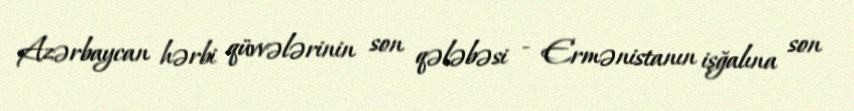
Azərbaycan hərbi qüvvələrinin son qələbəsi - Ermənistanın işğalına son